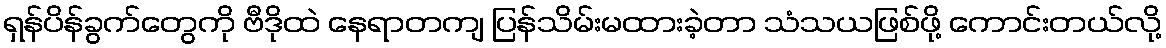
ရှန်ပိန်ခွက်တွေကို ဗီဒိုထဲ နေရာတကျ ပြန်သိမ်းမထားခဲ့တာ သံသယဖြစ်ဖို့ ကောင်းတယ်လို့